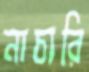
নাচারি